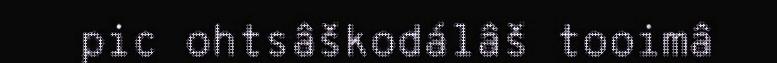
pic ohtsâškodálâš tooimâ